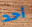
أحد